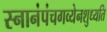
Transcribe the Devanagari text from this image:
स्नानंपंचगव्येनशुध्यति